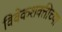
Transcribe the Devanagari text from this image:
विवेकशक्तीच्या